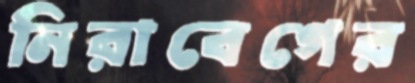
নিরাবেগের